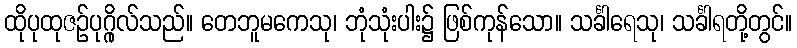
ထိုပုထုဇဉ်ပုဂ္ဂိုလ်သည်။ တေဘူမကေသု၊ ဘုံသုံးပါး၌ ဖြစ်ကုန်သော။ သင်္ခါရေသု၊ သင်္ခါရတို့တွင်။